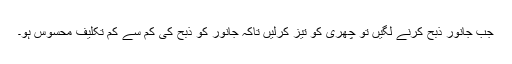
جب جانور ذبح کرنے لگیں تو چھری کو تیز کرلیں تاکہ جانور کو ذبح کی کم سے کم تکلیف محسوس ہو۔